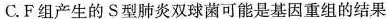
C.F组产生的S型肺炎双球菌可能是基因重组的结果